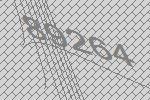
89264